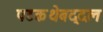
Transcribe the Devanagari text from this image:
पटकथेबद्दल